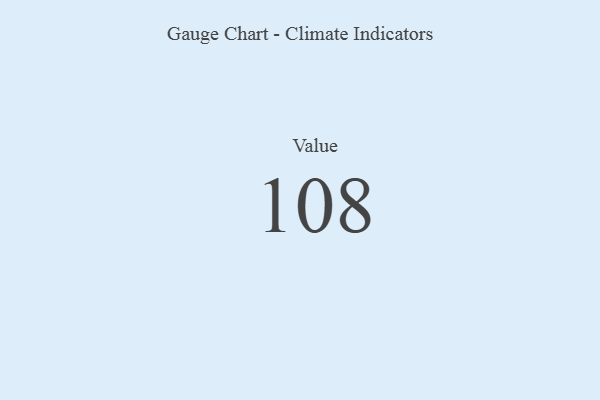
{"axis": {"x": "Metric", "y": "Value"}, "legend": [""], "data": [{"x": "Value", "y": 108, "type": ""}]}